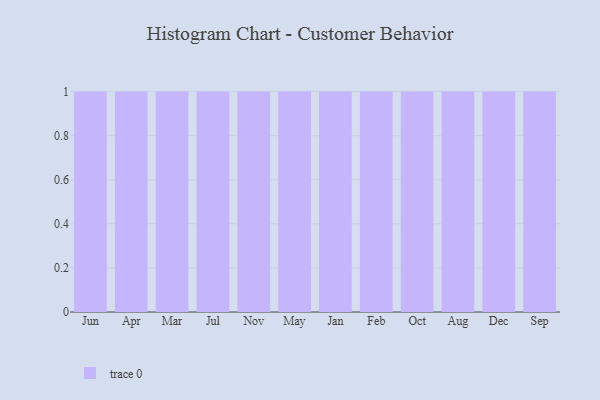
{"axis": {"x": "Month", "y": "Customer Acquisition Cost (USD)"}, "legend": [""], "data": [{"x": "Jun", "y": 58, "type": ""}, {"x": "Apr", "y": 87, "type": ""}, {"x": "Mar", "y": 59, "type": ""}, {"x": "Jul", "y": 86, "type": ""}, {"x": "Nov", "y": 58, "type": ""}, {"x": "May", "y": 60, "type": ""}, {"x": "Jan", "y": 80, "type": ""}, {"x": "Feb", "y": 77, "type": ""}, {"x": "Oct", "y": 36, "type": ""}, {"x": "Aug", "y": 46, "type": ""}, {"x": "Dec", "y": 30, "type": ""}, {"x": "Sep", "y": 49, "type": ""}]}